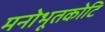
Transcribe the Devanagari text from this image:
मनोभूतकोटि